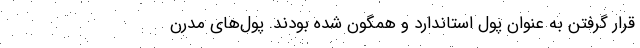
قرار گرفتن به عنوان پول استاندارد و همگون شده بودند. پول‌های مدرن